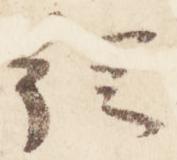
従